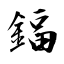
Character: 鍢